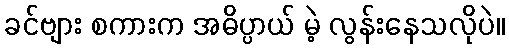
ခင်ဗျား စကားက အဓိပ္ပာယ် မဲ့ လွန်းနေသလိုပဲ။